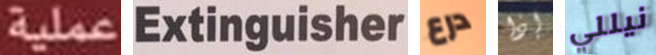
عملية Extinguisher درع إذا نيللي